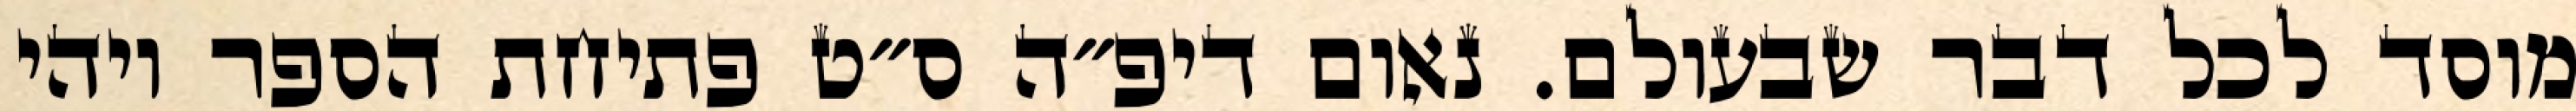
מוסד לכל דבר שבעולם. נאום דיפ״ה ס״ט פתיחת הספר ויהי